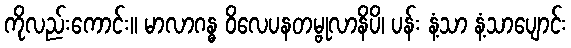
ကိုလည်းကောင်း။ မာလာဂန္ဓ ဝိလေပနတမ္ဗုလာနိပိ၊ ပန်း နံ့သာ နံ့သာပျောင်း